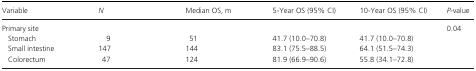
<table><thead><tr><td><b>Variable</b></td><td><b><i>N</i></b></td><td><b>Median OS, m</b></td><td><b>5‐Year OS (95% CI)</b></td><td><b>10‐Year OS (95% CI)</b></td><td><b><i>P‐</i>value</b></td></tr></thead><tbody><tr><td>Primary site</td><td>[EMPTY_CELL]</td><td>[EMPTY_CELL]</td><td>[EMPTY_CELL]</td><td>[EMPTY_CELL]</td><td>0.04</td></tr><tr><td>Stomach</td><td>9</td><td>51</td><td>41.7 (10.0–70.8)</td><td>41.7 (10.0–70.8)</td><td>[EMPTY_CELL]</td></tr><tr><td>Small intestine</td><td>147</td><td>144</td><td>83.1 (75.5–88.5)</td><td>64.1 (51.5–74.3)</td><td>[EMPTY_CELL]</td></tr><tr><td>Colorectum</td><td>47</td><td>124</td><td>81.9 (66.9–90.6)</td><td>55.8 (34.1–72.8)</td><td>[EMPTY_CELL]</td></tr></tbody></table>